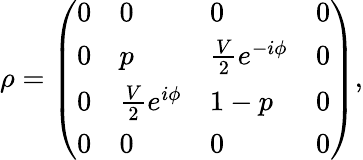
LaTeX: \rho=\left(\begin{array}{llll}{0}&{0}&{0}&{0}\\ {0}&{p}&{{\frac{V}{2}e^{-i\phi}}}&{0}\\ {0}&{{\frac{V}{2}e^{i\phi}}}&{{1-p}}&{0}\\ {0}&{0}&{0}&{0}\end{array}\right),